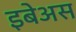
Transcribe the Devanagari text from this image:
इबेअस